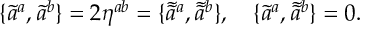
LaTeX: \{ \tilde { a } ^ { a } , \tilde { a } ^ { b } \} = 2 \eta ^ { a b } = \{ \tilde { \tilde { a } } { } ^ { a } , \tilde { \tilde { a } } { } ^ { b } \} , \quad \{ \tilde { a } ^ { a } , \tilde { \tilde { a } } { } ^ { b } \} = 0 .